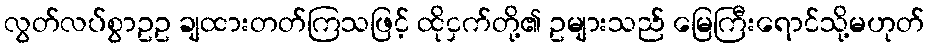
လွတ်လပ်စွာဥဥ ချထားတတ်ကြသဖြင့် ထိုငှက်တို့၏ ဥများသည် မြေကြီးရောင်သို့မဟုတ်